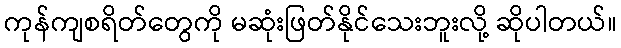
ကုန်ကျစရိတ်တွေကို မဆုံးဖြတ်နိုင်သေးဘူးလို့ ဆိုပါတယ်။